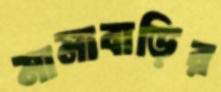
মামাবাড়ির